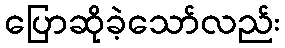
ပြောဆိုခဲ့သော်လည်း